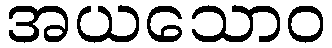
အယသောဝ